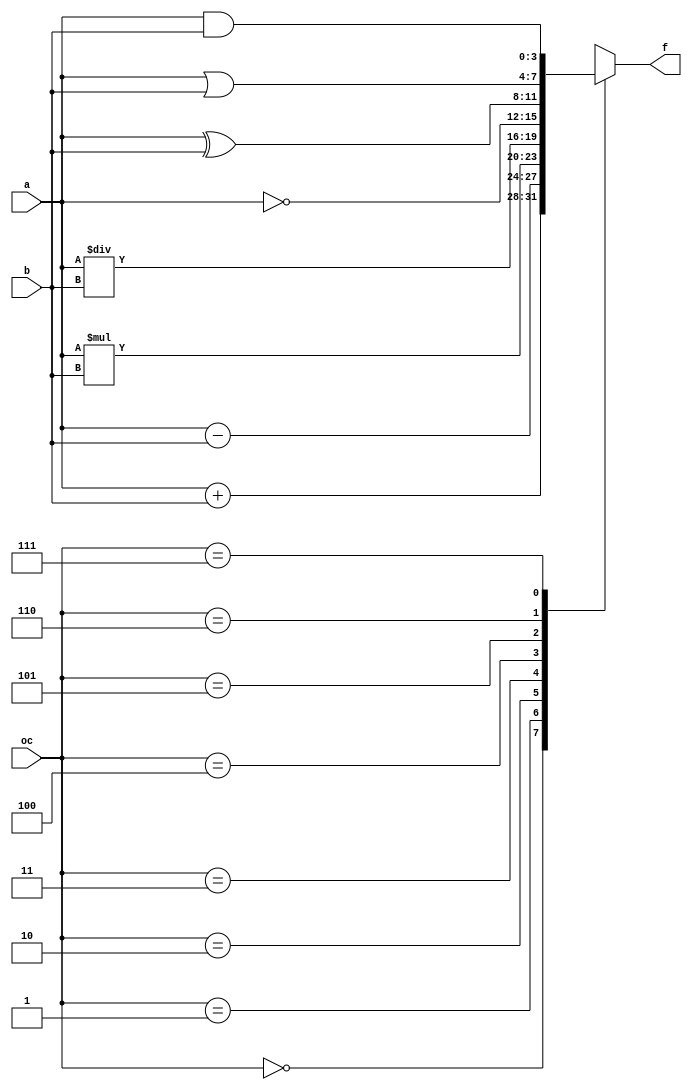
// Aritmethical Logical Unit
module alu (
    input [2:0] oc,
    input [3:0] a,
    input [3:0] b,
    output [3:0] f
);

reg [3:0] result;

assign f = result;

always @(oc, a, b) begin
    case (oc)
        // ADD
        3'b000: result = a + b;
        // SUB
        3'b001: result = a - b;
        // MUL
        3'b010: result = a * b;
        // DIV
        3'b011: result = a / b;
        // NOT
        3'b100: result = ~a;
        // XOR
        3'b101: result = a ^ b;
        // OR
        3'b110: result = a | b;
        // AND
        3'b111: result = a & b; 
    endcase
end
    

endmodule